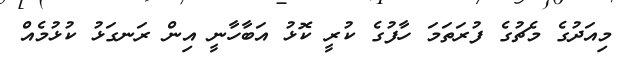
މިއަދުގެ މެޗުގެ ފުރަތަމަ ހާފުގެ ކުރީ ކޮޅު އަބާހާނީ އިން ރަނގަޅު ކުޅުމެއް